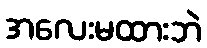
အလေးမထားဘဲ